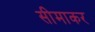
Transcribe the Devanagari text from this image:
सीमाकर